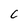
Character: c